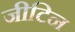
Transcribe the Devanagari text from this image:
जीटिन